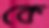
কে